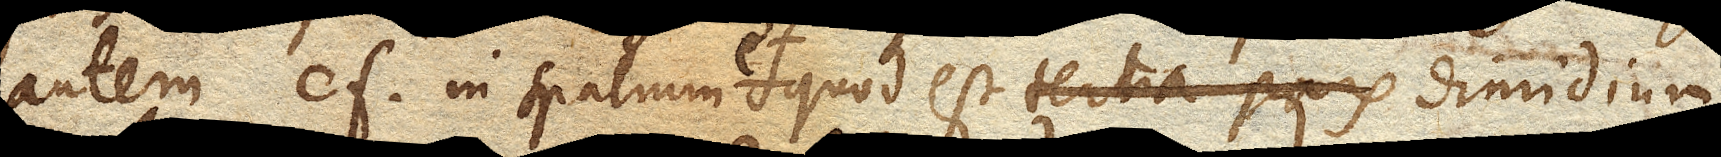
autem cf. in spatium ef. quod est tertia pars dimidium